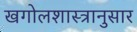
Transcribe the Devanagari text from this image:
खगोलशास्त्रानुसार